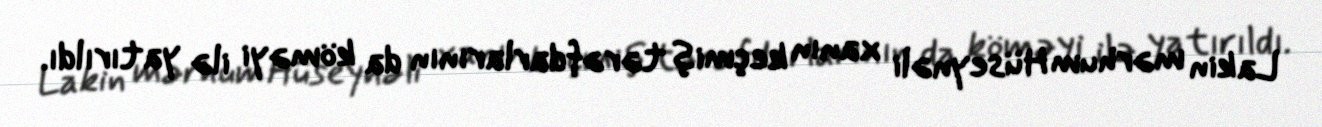
Lakin mərhum Hüseynəli xanın keçmiş tərəfdarlarının da köməyi ilə yatırıldı.